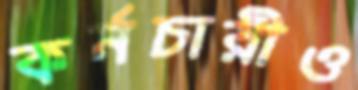
কর্মচারীও